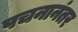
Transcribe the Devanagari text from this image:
पचनानंतर